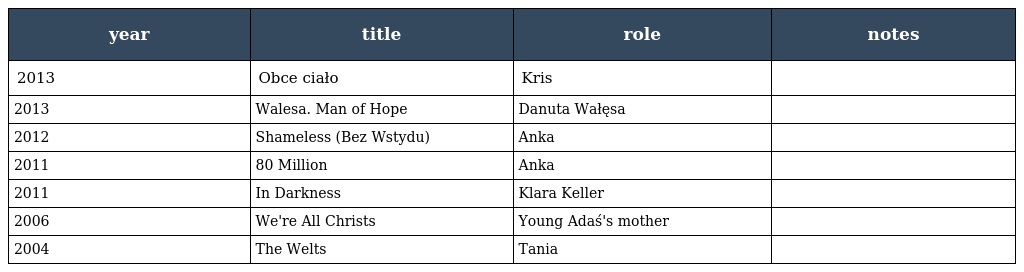
| year | title | role | notes |
 | --- | --- | --- | --- |
 | 2013 | Obce ciało | Kris |  |
 | 2013 | Walesa. Man of Hope | Danuta Wałęsa |  |
 | 2012 | Shameless (Bez Wstydu) | Anka |  |
 | 2011 | 80 Million | Anka |  |
 | 2011 | In Darkness | Klara Keller |  |
 | 2006 | We're All Christs | Young Adaś's mother |  |
 | 2004 | The Welts | Tania |  |